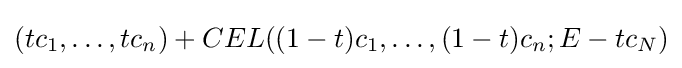
(tc_{1},\ldots ,tc_{n})+CEL((1-t)c_{1},\ldots ,(1-t)c_{n};E-tc_{N})